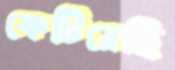
ফেটিয়েছি